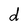
Character: d